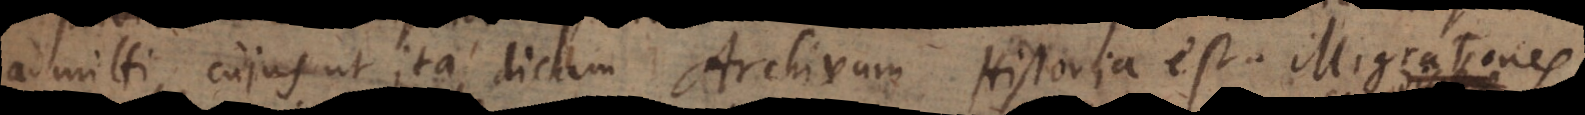
admitti, cujus ut ita dicam Archivum Historia est. Migrationes